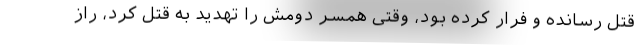
قتل رسانده و فرار کرده بود، وقتی همسر دومش را تهدید به قتل کرد، راز